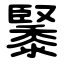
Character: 䵖